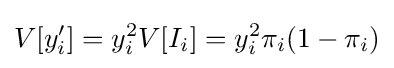
V[y'_{i}]=y_{i}^{2}V[I_{i}]=y_{i}^{2}\pi _{i}(1-\pi _{i})